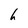
Character: h